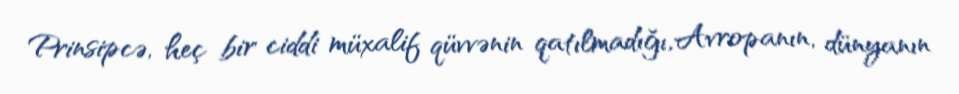
Prinsipcə, heç bir ciddi müxalif qüvvənin qatılmadığı, Avropanın, dünyanın